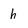
Character: h